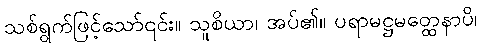
သစ်ရွက်ဖြင့်သော်၎င်း။ သူစိယာ၊ အပ်၏။ ပရာမဋ္ဌမတ္ထေနာပိ၊